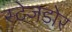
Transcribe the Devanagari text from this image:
स्टेजडोर